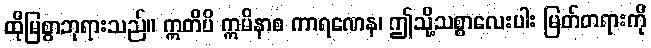
ထိုမြစွာဘုရားသည်။ ဣတိပိ ဣမိနာစ ကာရဏေန၊ ဤသို့သစ္စာလေးပါး မြတ်တရားကို